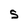
Character: S